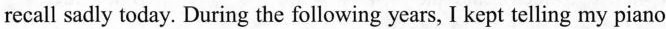
recall sadly acay. During the follaowing years, I kept teling my priano